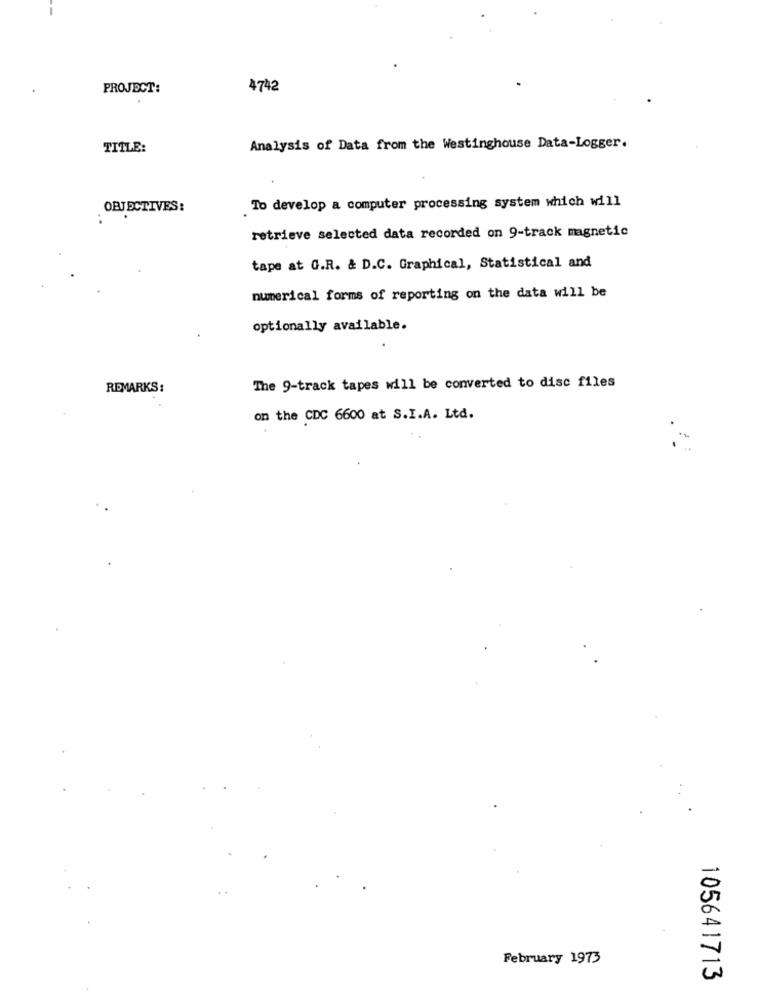
PROJECT:
4742
TITLE:
Analysis of Data from the Westinghouse Data-Logger.
To develop a computer processing system which will
OBJECTIVES:
..
retrieve selected data recorded on 9-track magnetic
tape at G.R. & D.C. Graphical, Statistical and
numerical forms of reporting on the data will be
optionally available.
REMARKS:
The 9-track tapes will be converted to disc files
on the CDC 6600 at S.I.A. Ltd.
February 1973
105641713